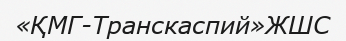
«ҚМГ-Транскаспий»ЖШС